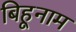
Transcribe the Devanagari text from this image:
बिहूनाम